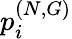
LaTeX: p_{i}^{(N,G)}